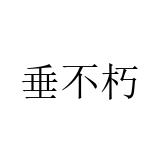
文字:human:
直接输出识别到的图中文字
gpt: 垂不朽